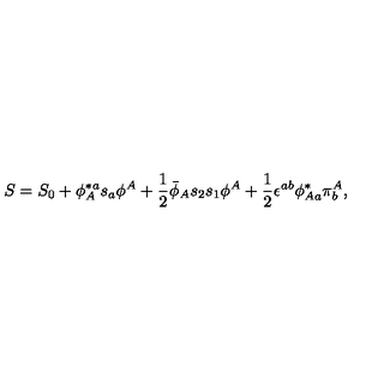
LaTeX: S = S _ { 0 } + \phi _ { A } ^ { \ast a } s _ { a } \phi ^ { A } + { \frac { 1 } { 2 } } { \bar { \phi } } _ { A } s _ { 2 } s _ { 1 } \phi ^ { A } + { \frac { 1 } { 2 } } \epsilon ^ { a b } \phi _ { A a } ^ { \ast } \pi _ { b } ^ { A } ,